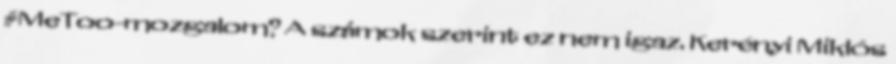
#MeToo-mozgalom? A számok szerint ez nem igaz. Kerényi Miklós